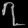
Digit: ၇